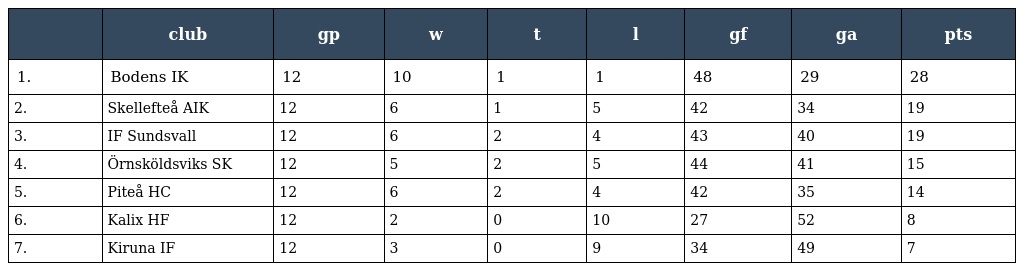
|  | club | gp | w | t | l | gf | ga | pts |
 | --- | --- | --- | --- | --- | --- | --- | --- | --- |
 | 1. | Bodens IK | 12 | 10 | 1 | 1 | 48 | 29 | 28 |
 | 2. | Skellefteå AIK | 12 | 6 | 1 | 5 | 42 | 34 | 19 |
 | 3. | IF Sundsvall | 12 | 6 | 2 | 4 | 43 | 40 | 19 |
 | 4. | Örnsköldsviks SK | 12 | 5 | 2 | 5 | 44 | 41 | 15 |
 | 5. | Piteå HC | 12 | 6 | 2 | 4 | 42 | 35 | 14 |
 | 6. | Kalix HF | 12 | 2 | 0 | 10 | 27 | 52 | 8 |
 | 7. | Kiruna IF | 12 | 3 | 0 | 9 | 34 | 49 | 7 |